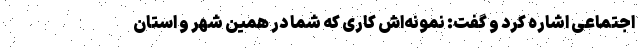
اجتماعی اشاره کرد و گفت: نمونه‌اش کاری که شما در همین شهر و استان